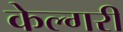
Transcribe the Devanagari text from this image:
केल्गरी